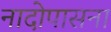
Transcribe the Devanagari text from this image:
नादोपासना